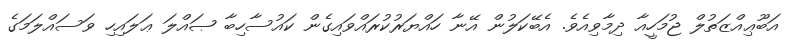
އަބޫޢިއްޒަތުލް ޖުމަހީއާ ދިމާވިއެވެ. އެބޭކަލުން އޭނާ ހައްޔަރުކުރައްވައިގެން ކައުސާހިބާ ޞައްލަ ޢަލައިހި ވަސައްލަމަގެ